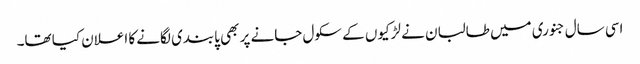
اسی سال جنوری میں طالبان نے لڑکیوں کے سکول جانے پر بھی پابندی لگانے کا اعلان کیا تھا۔